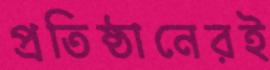
প্রতিষ্ঠানেরই